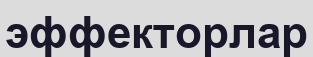
эффекторлар